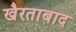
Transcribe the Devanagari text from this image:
खैरताबाद